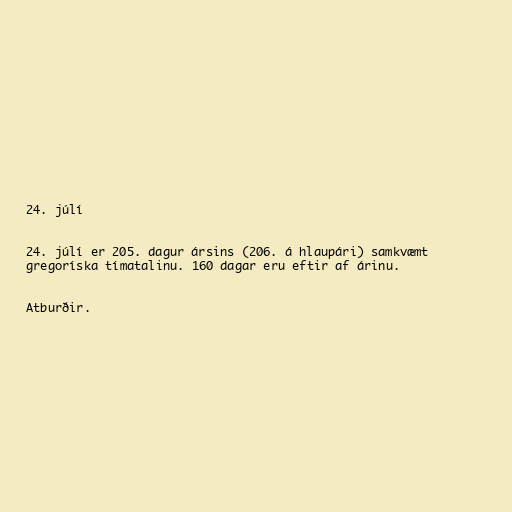
24. júlí

24. júlí er 205. dagur ársins (206. á hlaupári) samkvæmt
gregoríska tímatalinu. 160 dagar eru eftir af árinu.

Atburðir.